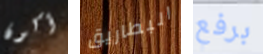
أكون البطاريق برفع